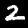
Label: 2